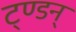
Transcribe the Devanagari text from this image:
ट्ण्डन्